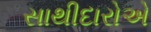
સાથીદારોએ